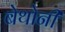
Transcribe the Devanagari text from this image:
बेथोनी